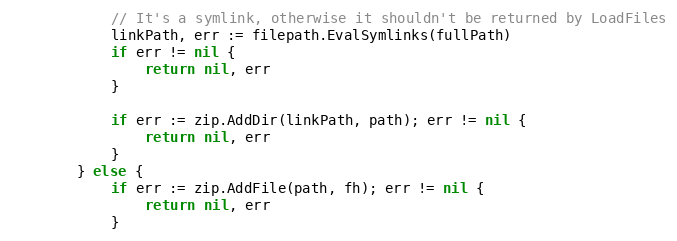
Language: Go
			// It's a symlink, otherwise it shouldn't be returned by LoadFiles
			linkPath, err := filepath.EvalSymlinks(fullPath)
			if err != nil {
				return nil, err
			}

			if err := zip.AddDir(linkPath, path); err != nil {
				return nil, err
			}
		} else {
			if err := zip.AddFile(path, fh); err != nil {
				return nil, err
			}